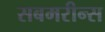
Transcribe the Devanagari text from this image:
सबमरीन्स